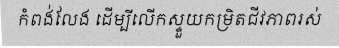
កំពង់លែង ដើម្បីលើកស្ទួយកម្រិតជីវភាពរស់